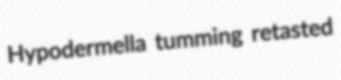
Hypodermella tumming retasted